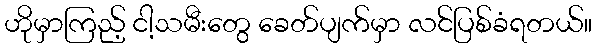
ဟိုမှာကြည့် ငါ့သမီးတွေ ခေတ်ပျက်မှာ လင်ပြစ်ခံရတယ်။